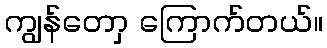
ကျွန်တောှ ကြောက်တယ်။